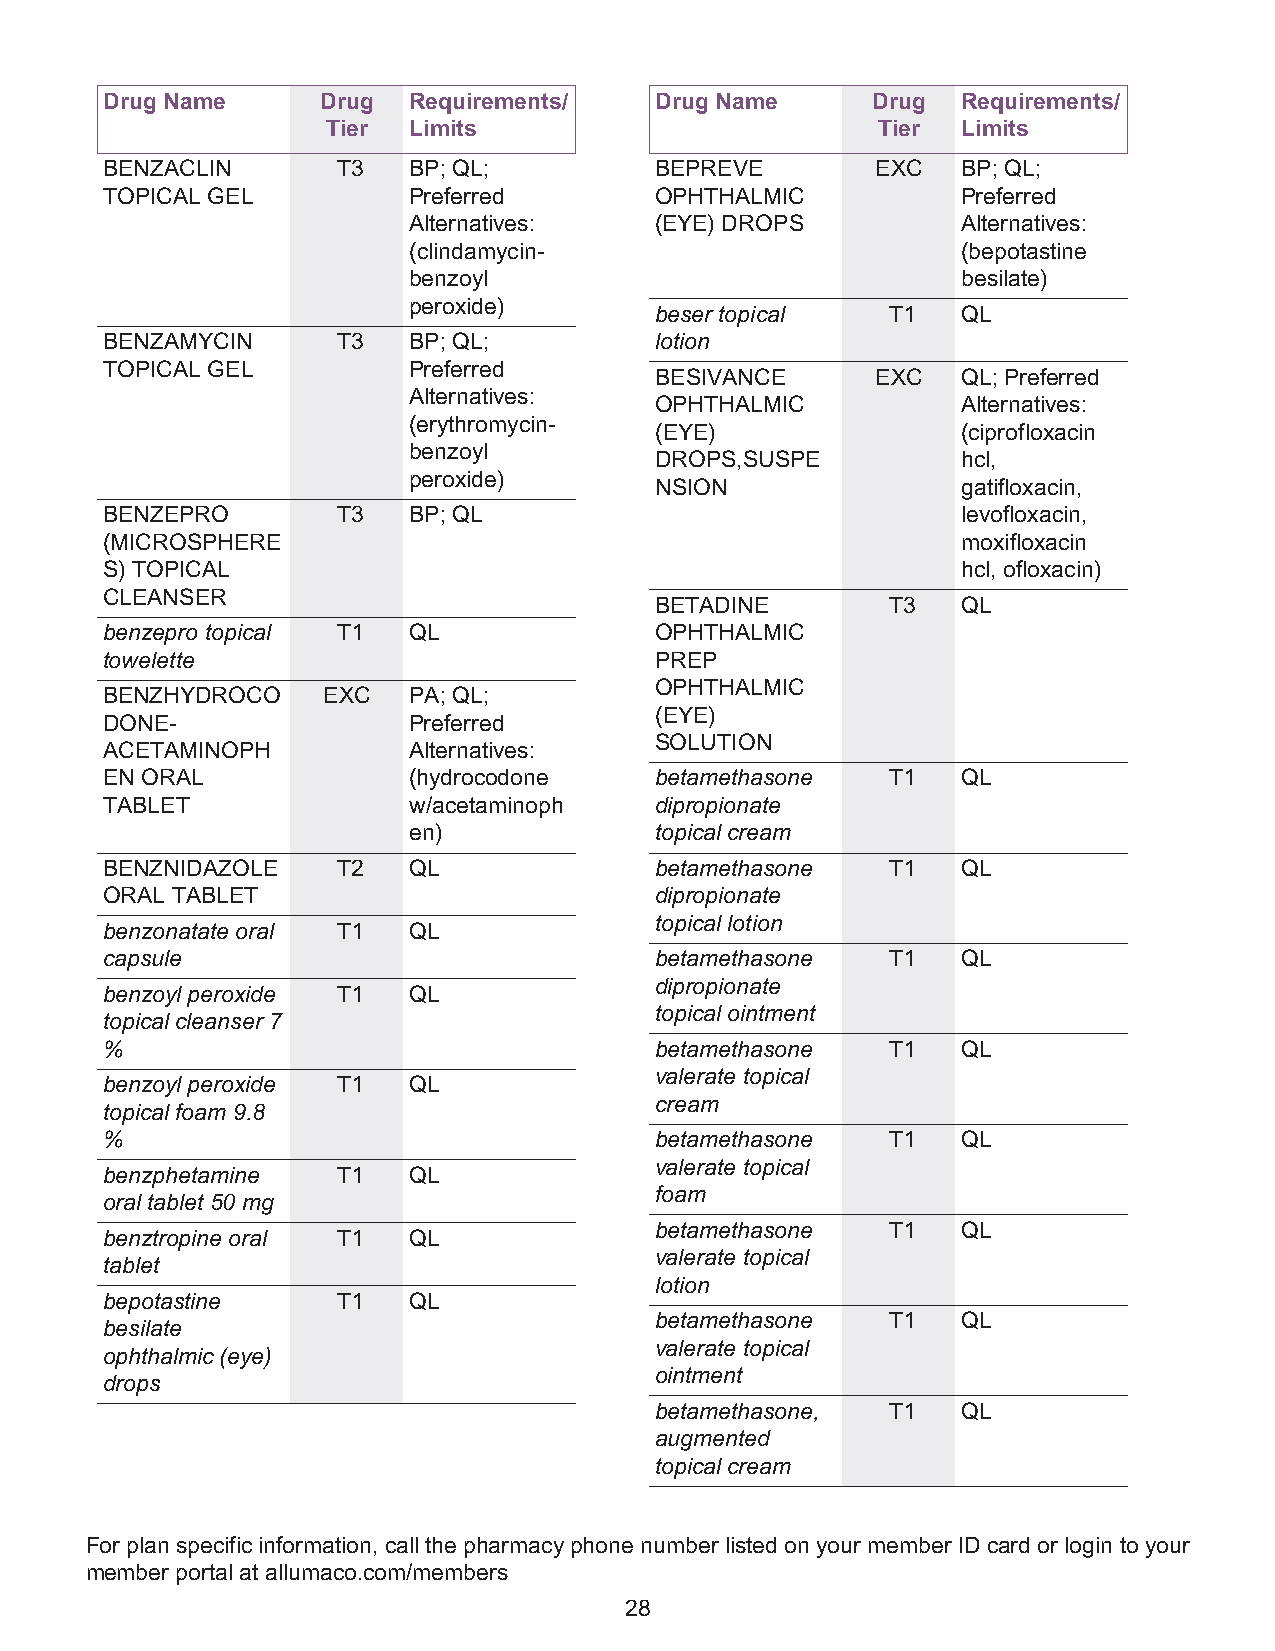
Drug Name     Drug  Requirements/   Drug Name      Drug  Requirements/
 Tier Limits                         Tier  Limits
 BENZACLIN      T3   BP; QL;         BEPREVE        EXC   BP; QL;
 TOPICAL GEL         Preferred       OPHTHALMIC           Preferred
 Alternatives:   (EYE) DROPS          Alternatives:
 (clindamycin-                        (bepotastine
 benzoyl                              besilate)
 peroxide)
 beser topical   T1   QL
 BENZAMYCIN     T3   BP; QL;         lotion
 TOPICAL GEL         Preferred
 BESIVANCE      EXC   QL; Preferred
 Alternatives:
 OPHTHALMIC           Alternatives:
 (erythromycin-
 (EYE)                (ciprofloxacin
 benzoyl
 DROPS,SUSPE          hcl,
 peroxide)
 NSION                gatifloxacin,
 BENZEPRO       T3   BP; QL                               levofloxacin,
 (MICROSPHERE                                             moxifloxacin
 S) TOPICAL                                               hcl, ofloxacin)
 CLEANSER
 BETADINE        T3   QL
 benzepro topical T1 QL              OPHTHALMIC
 towelette                           PREP
 OPHTHALMIC
 BENZHYDROCO   EXC   PA; QL;
 (EYE)
 DONE-               Preferred
 SOLUTION
 ACETAMINOPH         Alternatives:
 EN ORAL             (hydrocodone    betamethasone   T1   QL
 TABLET              w/acetaminoph   dipropionate
 en)             topical cream
 BENZNIDAZOLE   T2   QL              betamethasone   T1   QL
 ORAL TABLET                         dipropionate
 topical lotion
 benzonatate oral T1 QL
 capsule                             betamethasone   T1   QL
 dipropionate
 benzoyl peroxide T1 QL
 topical ointment
 topical cleanser 7
 %                                   betamethasone   T1   QL
 valerate topical
 benzoyl peroxide T1 QL
 cream
 topical foam 9.8
 %                                   betamethasone   T1   QL
 valerate topical
 benzphetamine  T1   QL
 foam
 oral tablet 50 mg
 betamethasone   T1   QL
 benztropine oral T1 QL
 valerate topical
 tablet
 lotion
 bepotastine    T1   QL
 betamethasone   T1   QL
 besilate
 valerate topical
 ophthalmic (eye)
 ointment
 drops
 betamethasone,  T1   QL
 augmented
 topical cream
 For plan specific information, call the pharmacy phone number listed on your member ID card or login to your
 member portal at allumaco.com/members
 28